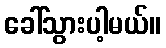
ခေါ်သွားပါ့မယ်။